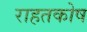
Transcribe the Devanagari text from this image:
राहतकोष